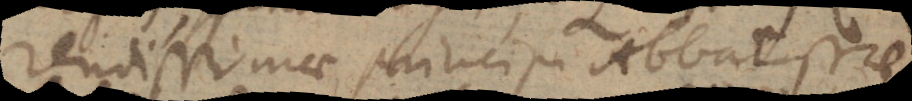
rendissimae principi Abbatissae